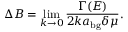
\Delta B = \operatorname* { l i m } _ { k \rightarrow 0 } \frac { \Gamma ( E ) } { 2 k a _ { \mathrm { b g } } \delta \mu } .